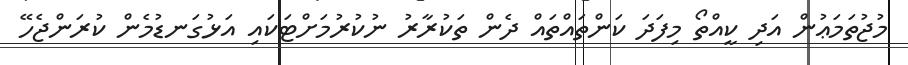
މުޖުތަމަޢުން އަދި ކީއްތޯ މިފަދަ ކަންތައްތައް ދެން ތަކުރާރު ނުކުރުމަށްޓަކައި އަޅުގަނޑުމެން ކުރަންޖެހޭ